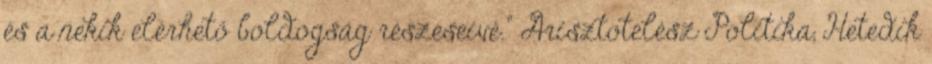
és a nekik elérhető boldogság részeseivé.” Arisztotelész Politika, Hetedik